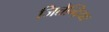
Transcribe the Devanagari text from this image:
जितेन्द्रियाः